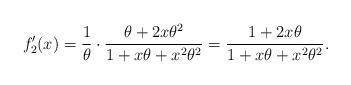
LaTeX: \begin{align*}f_2'(x) = \frac1\theta\cdot\frac{\theta+2x\theta^2}{1+x\theta + x^2\theta^2} =\frac{1+2x\theta}{1+ x\theta+x^2\theta^2}.\end{align*}